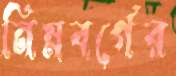
নিম্নবর্গের